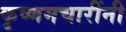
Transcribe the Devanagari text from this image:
कृष्णमचारींनी